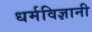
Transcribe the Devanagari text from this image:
धर्मविज्ञानी